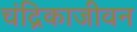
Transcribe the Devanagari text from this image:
चंद्रिकाजीवन